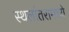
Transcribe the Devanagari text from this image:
स्थलांतरामध्ये